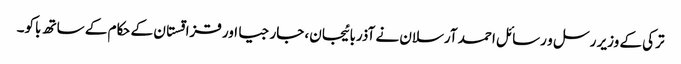
ترکی کے وزیر رسل و رسائل احمد آرسلان نے آذربائیجان، جارجیا اور قزاقستان کے حکام کے ساتھ باکو۔